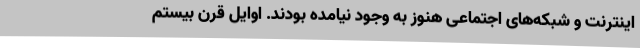
اینترنت و شبکه‌های اجتماعی هنوز به وجود نیامده بودند. اوایل قرن بیستم